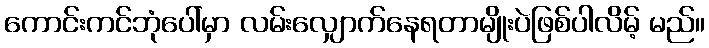
ကောင်းကင်ဘုံပေါ်မှာ လမ်းလျှောက်နေရတာမျိုးပဲဖြစ်ပါလိမ့် မည်။